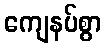
ကျေနပ်စွာ